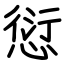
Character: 愆